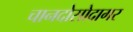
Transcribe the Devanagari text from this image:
चानदोसोदागर